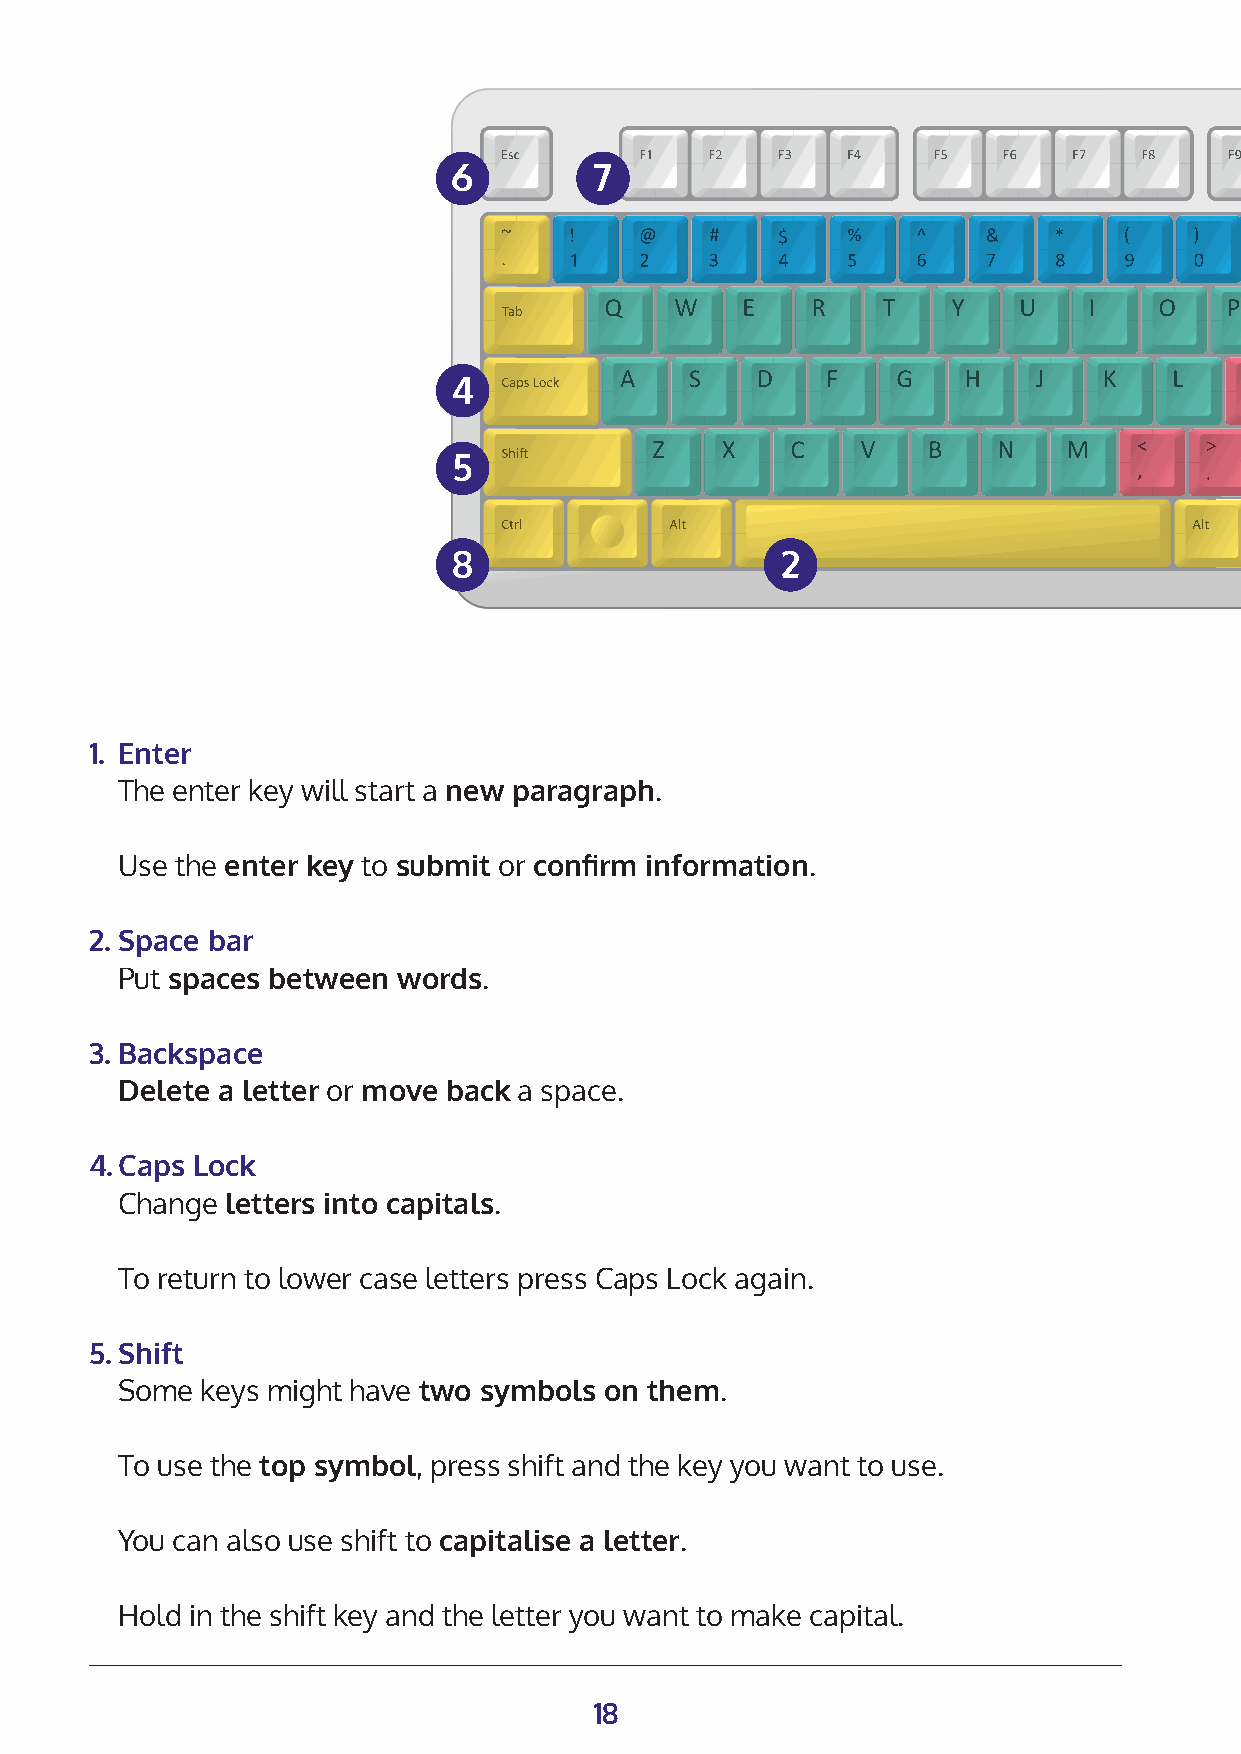
6        7
 4
 5
 8                     2
 1. Enter
 The enter key will start a new paragraph.
 Use the enter key to submit or confirm information.
 2. Space bar
 Put spaces between words.
 3. Backspace
 Delete a letter or move back a space.
 4. Caps Lock
 Change letters into capitals.
 To return to lower case letters press Caps Lock again.
 5. Shift
 Some keys might have two symbols on them.
 To use the top symbol, press shift and the key you want to use.
 You can also use shift to capitalise a letter.
 Hold in the shift key and the letter you want to make capital.
 18